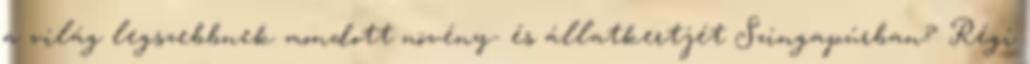
a világ legszebbnek mondott növény- és állatkertjét Szingapúrban? Régi